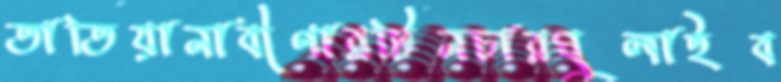
তাতিয়ানাবীণারটিনচারঘুলাইব